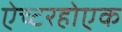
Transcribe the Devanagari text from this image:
ऐच्टरहोएक